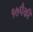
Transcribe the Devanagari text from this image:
१७पैकी